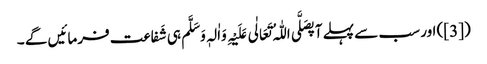
([3]) اور سب سے پہلے آپصَلَّی اللّٰہُ تَعَالٰی عَلَیْہِ وَاٰلہٖ وَسَلَّم ہی شَفاعت فرمائیں گے ۔